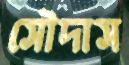
সৌদাস